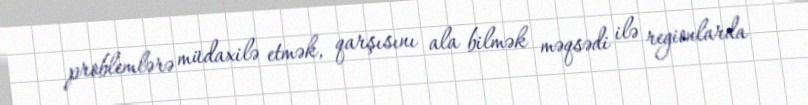
problemlərə müdaxilə etmək, qarşısını ala bilmək məqsədi ilə regionlarda